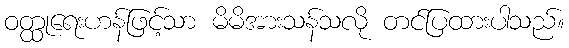
ဝတ္ထုရေးဟန်ဖြင့်သာ မိမိအားသန်သလို တင်ပြထားပါသည်။